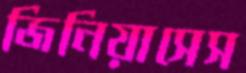
জিনিয়াসেস